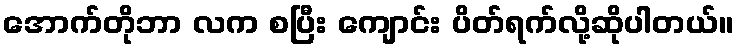
အောက်တိုဘာ လက စပြီး ကျောင်း ပိတ်ရက်လို့ဆိုပါတယ်။